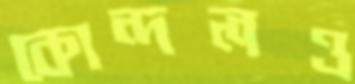
কোন্দলও